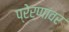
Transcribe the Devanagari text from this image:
प्रेरणांवर